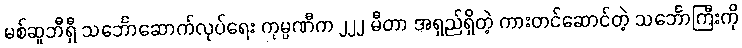
မစ်ဆူဘီရှီ သင်္ဘောဆောက်လုပ်ရေး ကုမ္ပဏီက ၂၂၂ မီတာ အရှည်ရှိတဲ့ ကားတင်ဆောင်တဲ့ သင်္ဘောကြီးကို